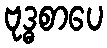
ဗုဒ္ဓစာပေ